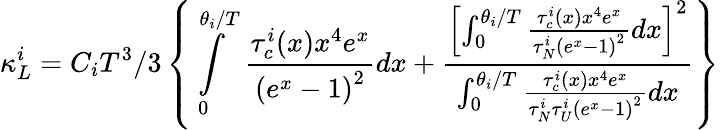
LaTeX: \kappa_{L}^{i}=C_{i}T^{3}/3\left\{ \intop_{0}^{\theta_{i}/T}\frac{\tau_{c}^{i}(x)x^{4}e^{x}}{\left(e^{x}-1\right)^{2}}dx+\frac{\left[\intop_{0}^{\theta_{i}/T}\frac{\tau_{c}^{i}(x)x^{4}e^{x}}{\tau_{N}^{i}\left(e^{x}-1\right)^{2}}dx\right]^{2}}{\intop_{0}^{\theta_{i}/T}\frac{\tau_{c}^{i}(x)x^{4}e^{x}}{\tau_{N}^{i}\tau_{U}^{i}\left(e^{x}-1\right)^{2}}dx}\right\}